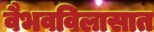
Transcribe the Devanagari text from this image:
वैभवविलासात